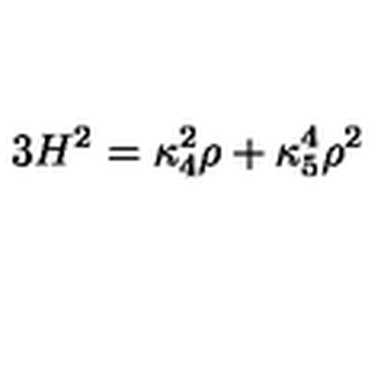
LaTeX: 3 H ^ { 2 } = \kappa _ { 4 } ^ { 2 } \rho + \kappa _ { 5 } ^ { 4 } \rho ^ { 2 }